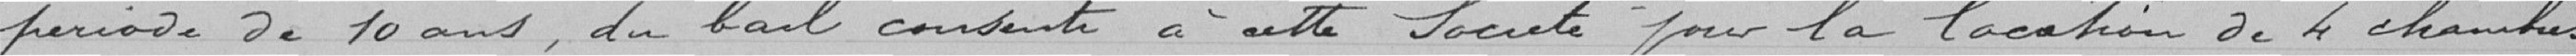
période De 10 ans , du bail consenti à cette Societe your la location de 4 chambres